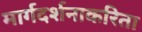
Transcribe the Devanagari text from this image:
मार्गदर्शनाकरिता